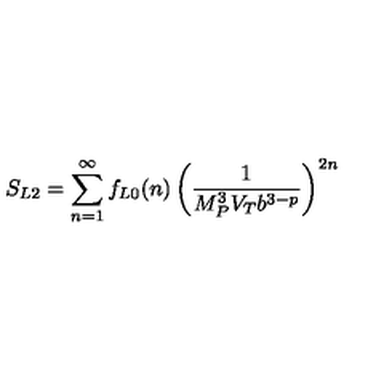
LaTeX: S _ { L 2 } = \sum _ { n = 1 } ^ { \infty } f _ { L 0 } ( n ) \left( { \frac { 1 } { M _ { P } ^ { 3 } V _ { T } b ^ { 3 - p } } } \right) ^ { 2 n }